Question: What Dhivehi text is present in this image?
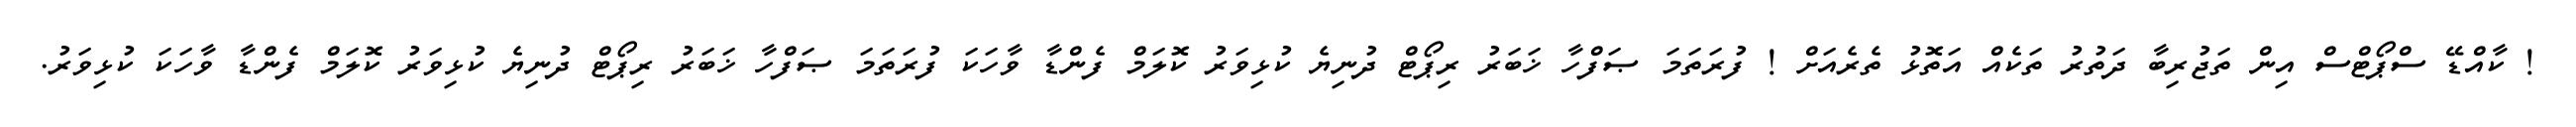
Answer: ! ކާއްޑޭ ސްޕޯޓްސް އިން ތަޖުރިބާ ދަތުރު ތަކެއް އަތޮޅު ތެރެއަށް ! ފުރަތަމަ ޞަފްހާ ޚަބަރު ރިޕޯޓް ދުނިޔެ ކުޅިވަރު ކޮލަމް ފެންޑާ ވާހަކަ ފުރަތަމަ ޞަފްހާ ޚަބަރު ރިޕޯޓް ދުނިޔެ ކުޅިވަރު ކޮލަމް ފެންޑާ ވާހަކަ ކުޅިވަރު.